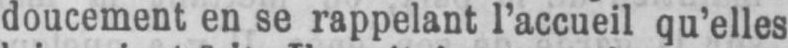
doucement en se rappelant l’accueil qu’elles